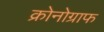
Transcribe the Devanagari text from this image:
क्रोनोग्राफ